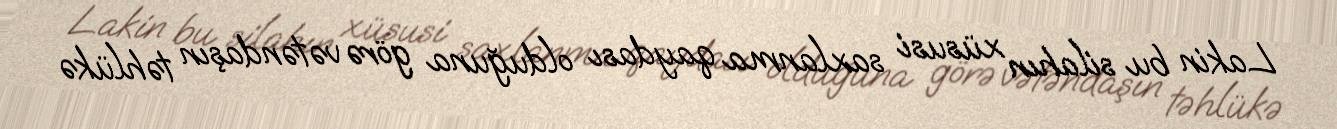
Lakin bu silahın xüsusi saxlanma qaydası olduğuna görə vətəndaşın təhlükə